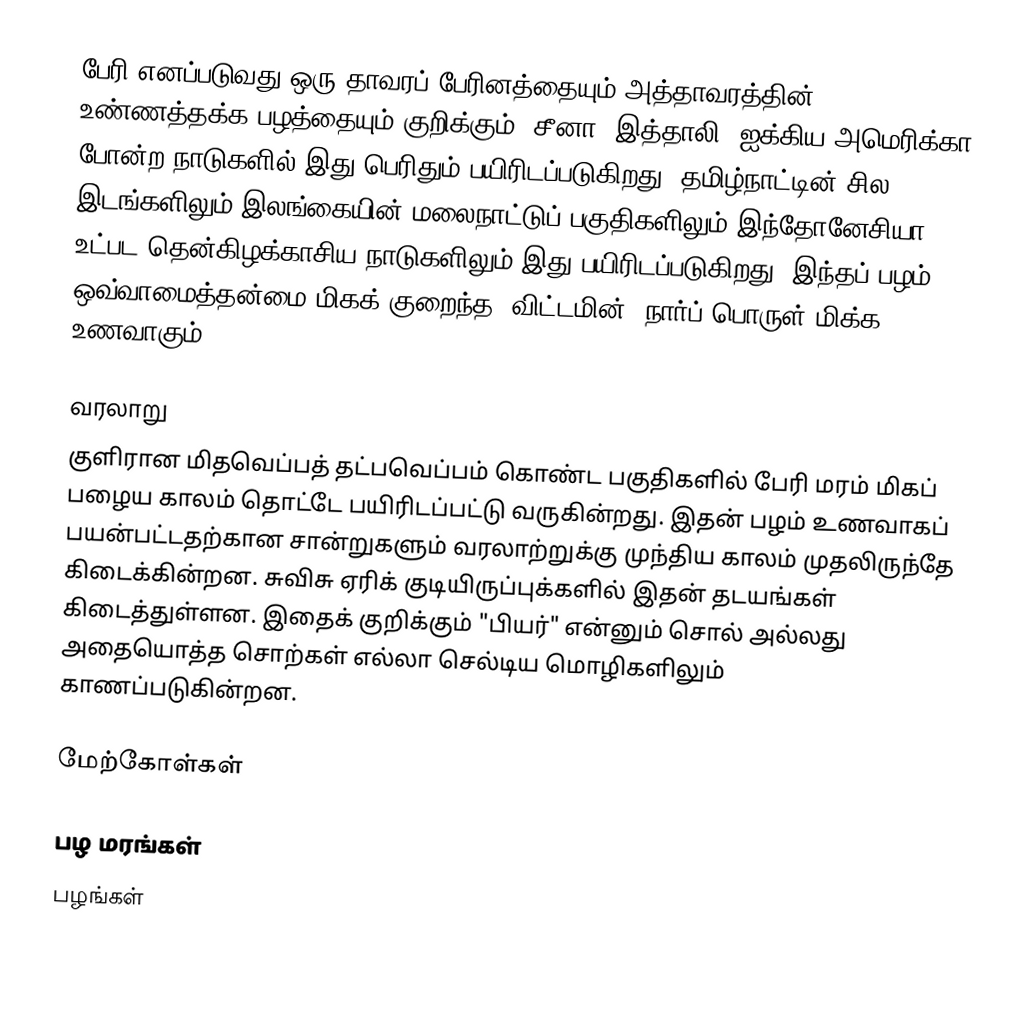
பேரி எனப்படுவது ஒரு தாவரப் பேரினத்தையும் அத்தாவரத்தின் உண்ணத்தக்க பழத்தையும் குறிக்கும். சீனா, இத்தாலி, ஐக்கிய அமெரிக்கா போன்ற நாடுகளில் இது பெரிதும் பயிரிடப்படுகிறது. தமிழ்நாட்டின் சில இடங்களிலும் இலங்கையின் மலைநாட்டுப் பகுதிகளிலும் இந்தோனேசியா உட்பட தென்கிழக்காசிய நாடுகளிலும் இது பயிரிடப்படுகிறது. இந்தப் பழம் ஒவ்வாமைத்தன்மை மிகக் குறைந்த, விட்டமின், நார்ப் பொருள் மிக்க உணவாகும்.

வரலாறு
குளிரான மிதவெப்பத் தட்பவெப்பம் கொண்ட பகுதிகளில் பேரி மரம் மிகப் பழைய காலம் தொட்டே பயிரிடப்பட்டு வருகின்றது. இதன் பழம் உணவாகப் பயன்பட்டதற்கான சான்றுகளும் வரலாற்றுக்கு முந்திய காலம் முதலிருந்தே கிடைக்கின்றன. சுவிசு ஏரிக் குடியிருப்புக்களில் இதன் தடயங்கள் கிடைத்துள்ளன. இதைக் குறிக்கும் "பியர்" என்னும் சொல் அல்லது அதையொத்த சொற்கள் எல்லா செல்டிய மொழிகளிலும் காணப்படுகின்றன.

மேற்கோள்கள்

பழ மரங்கள்
பழங்கள்